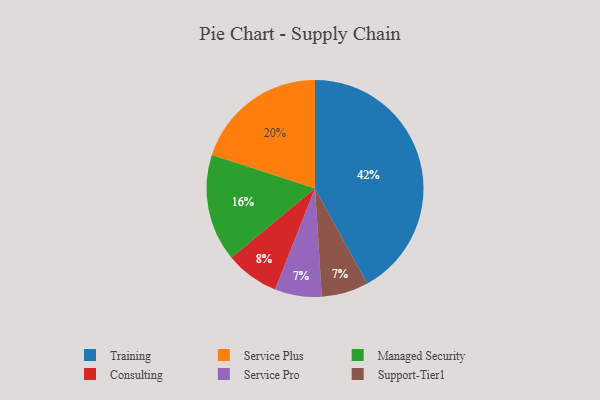
{"axis": {"x": "Category", "y": "Percentage"}, "legend": ["Consulting", "Managed Security", "Service Plus", "Service Pro", "Support-Tier1", "Training"], "data": [{"x": "Managed Security", "y": 16, "type": "Managed Security"}, {"x": "Training", "y": 42, "type": "Training"}, {"x": "Service Plus", "y": 20, "type": "Service Plus"}, {"x": "Consulting", "y": 8, "type": "Consulting"}, {"x": "Service Pro", "y": 7, "type": "Service Pro"}, {"x": "Support-Tier1", "y": 7, "type": "Support-Tier1"}]}